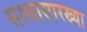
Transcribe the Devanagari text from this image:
सश्यासारख्या